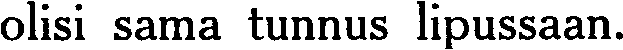
olisi sama tunnus lipussaan.